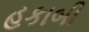
હકાબી